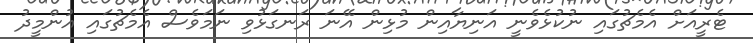
ޓެރީއަށް އެމެޗުގައި ނުކުޅެވެނީ އަނިޔާއިން މުޅިން އޭނަ ރަނގަޅުވި ނަމަވެސް އެމެޗުގައި އުންމީދު